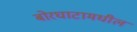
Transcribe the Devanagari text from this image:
बोरघाटामधील